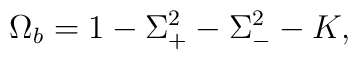
\Omega_b = 1-\Sigma_+^2 - \Sigma_-^2 - K,